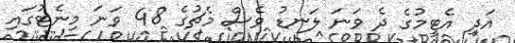
އަދި އެޓީމުގެ ދެ ވަނަ ލަނޑު ވެސް މެޗުގެ 48 ވަނަ މިނެޓުގައި